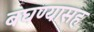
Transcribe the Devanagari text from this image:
बघण्यासह